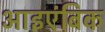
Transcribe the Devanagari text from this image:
आइएंबिक